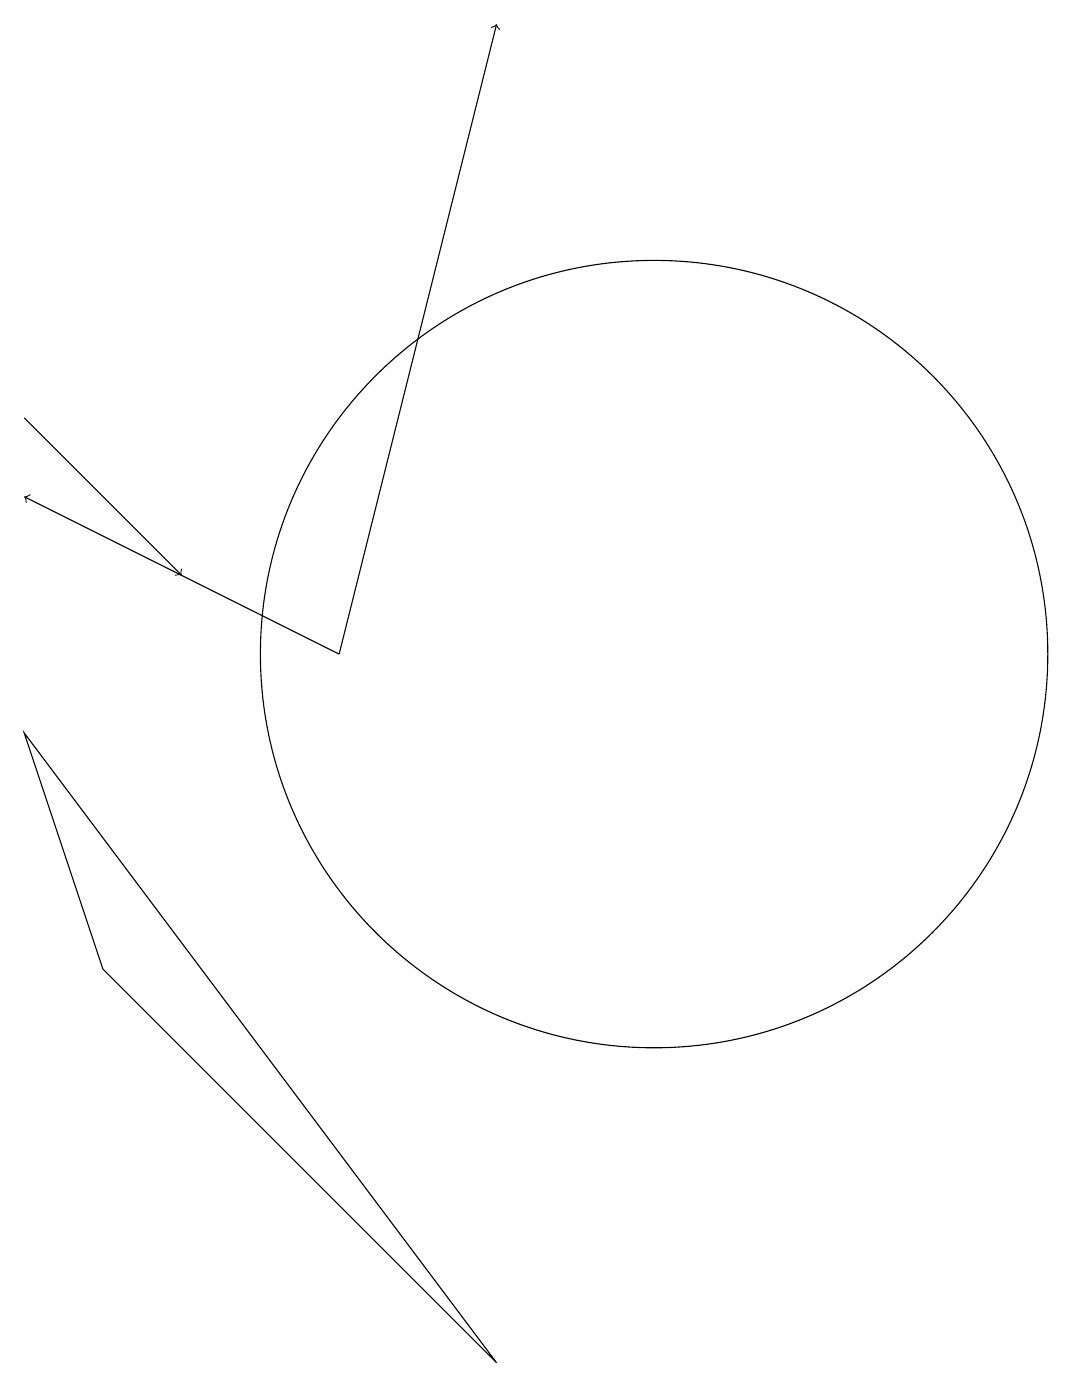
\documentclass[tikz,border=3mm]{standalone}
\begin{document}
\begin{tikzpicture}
\draw[->] (2,13) -- (4,11);
\draw (8,1) -- (2,9) -- (3,6) -- cycle;
\draw (10,10) circle (5);
\draw[->] (6,10) -- (2,12);
\draw[->] (6,10) -- (8,18);
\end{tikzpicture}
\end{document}